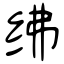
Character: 绋